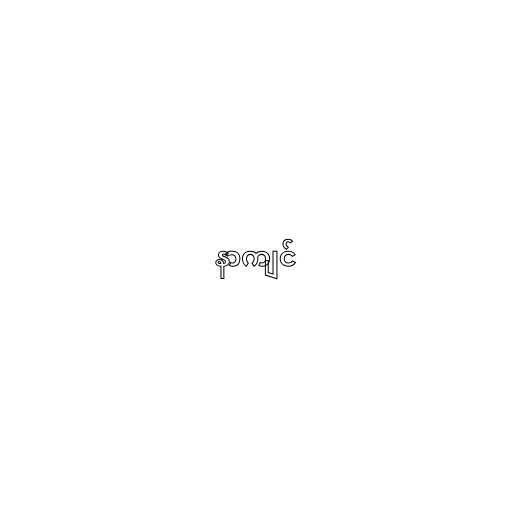
နာကျင်